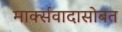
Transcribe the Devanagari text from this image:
मार्क्सवादासोबत